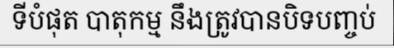
ទីបំផុត បាតុកម្ម នឹងត្រូវបានបិទបញ្ចប់